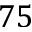
7 5